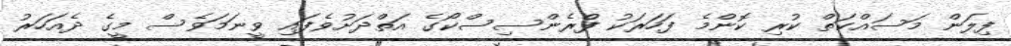
ފިލަން މަސައްކަތް ކުރި ކޮންމެ ފަހަރަކު ފްރެންސިސްކޯގެ އަތްދަށުވެފައި ވީނަމަވެސް މީގެ ދެއަހަރު